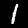
Label: 1